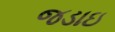
જડાઇ